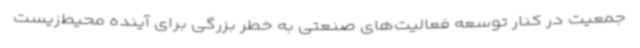
جمعیت در کنار توسعه فعالیت‌های صنعتی به خطر بزرگی برای آینده محیط‌زیست